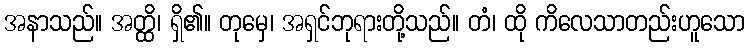
အနာသည်။ အတ္ထိ၊ ရှိ၏။ တုမှေ၊ အရှင်ဘုရားတို့သည်။ တံ၊ ထို ကိလေသာတည်းဟူသော